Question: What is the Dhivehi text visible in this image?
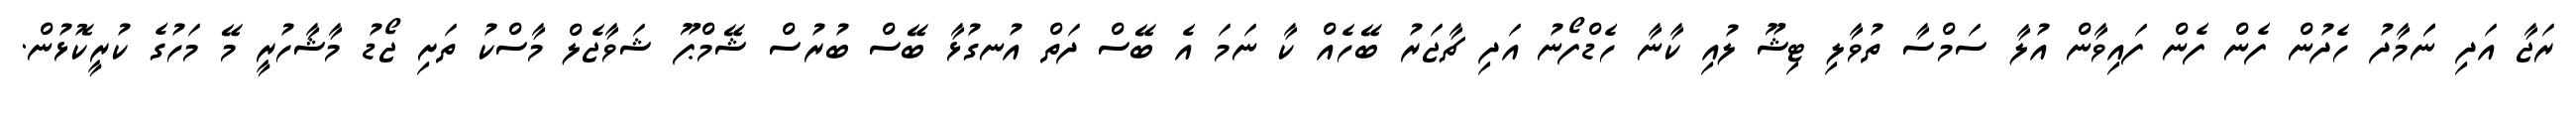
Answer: ރަޖާ އަދި ނަަމާދު ހެދުން ފެން ފެން ފައިވާން އުލާ ސަމްސާ ތުވާލި ޓިޝޫ ލުއި ކާނާ ހެޑްފޯނު އަދި ޗާޖަރު ބޭހެއް ކާ ނަމަ އެ ބޭސް ދަތް އުނގުޅާ ބޭސް ބުރުސް ޝޭމްޕޫ ޝަވާޖެލް މާސްކު ތަށި ޖޯޑު މާޝާހުރީ މޭ މަހުގެ ކުރީކޮޅުން.